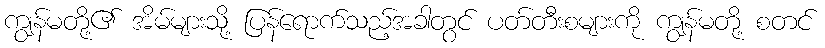
ကျွန်မတို့၏ အိမ်များသို့ ပြန်ရောက်သည့်အခါတွင် ပတ်တီးစများကို ကျွန်မတို့ စတင်